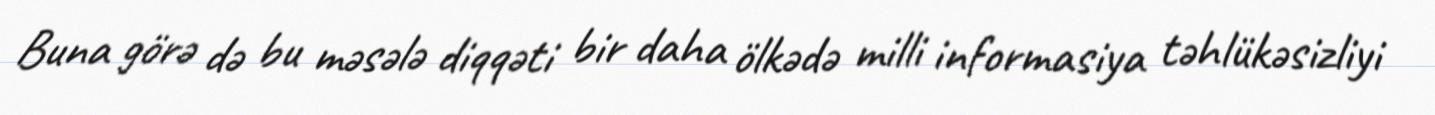
Buna görə də bu məsələ diqqəti bir daha ölkədə milli informasiya təhlükəsizliyi